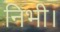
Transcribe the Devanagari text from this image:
निभी।